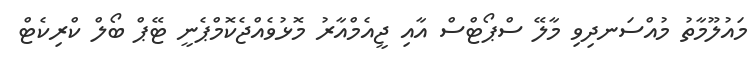
މައުލޫމާތު މުއްސަނދިވި މާލޭ ސްޕޯޓްސް އާއި ޖީއެމްއާރު މޮޅުވެއްޖެކޮމްޕެނީ ޓޭޕް ބޯލް ކްރިކެޓް